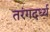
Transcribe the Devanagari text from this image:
तरंगदर्ध्य